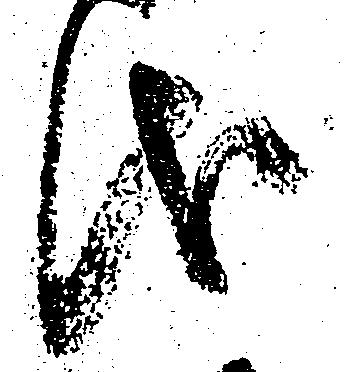
儀